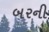
બરની